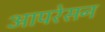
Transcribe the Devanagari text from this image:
आपरेसन